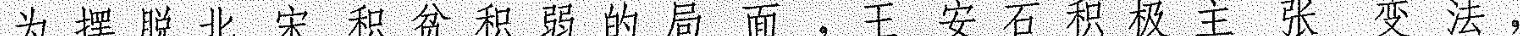
为摆脱北宋积贫积弱的局面，王安石积极主张变法，